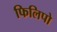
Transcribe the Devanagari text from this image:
फिलिपो